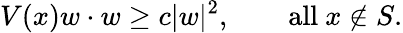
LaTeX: V(x)w\cdot w\geq c|w|^{2},\qquad\mathrm{all}\ x\not\in S.